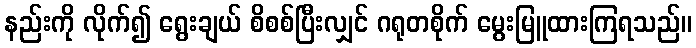
နည်းကို လိုက်၍ ရွေးချယ် စိစစ်ပြီးလျှင် ဂရုတစိုက် မွေးမြူထားကြရသည်။